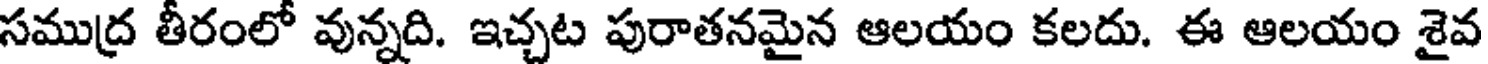
సముద్ర తీరంలో వున్నది. ఇచ్చట పురాతనమైన ఆలయం కలదు. ఈ ఆలయం శైవ